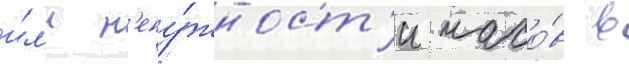
и́л'и н'ену́жност'и часо́в в